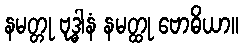
နမတ္တု ဗုဒ္ဓါနံ နမတ္ထု ဗောဓိယာ။